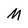
Character: M